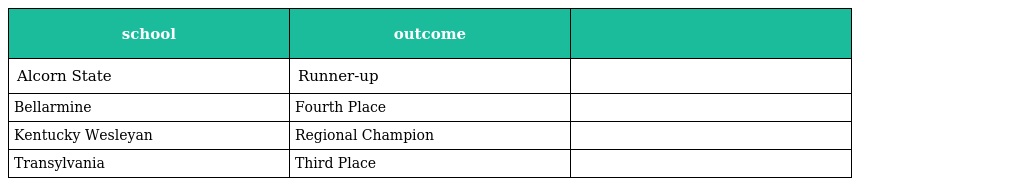
| school | outcome |  |
 | --- | --- | --- |
 | Alcorn State | Runner-up |  |
 | Bellarmine | Fourth Place |  |
 | Kentucky Wesleyan | Regional Champion |  |
 | Transylvania | Third Place |  |